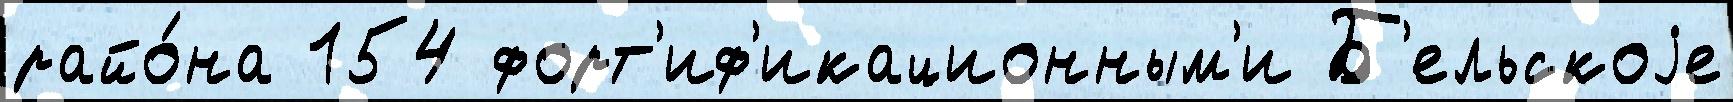
райо́на 154 форт'иф'икационным'и Б'ельскоjе